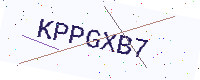
Text: KPPGXB7